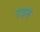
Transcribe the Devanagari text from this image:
रदन